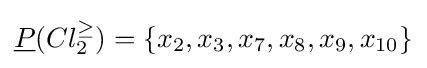
{\underline {P}}(Cl_{2}^{\geq })=\{x_{2},x_{3},x_{7},x_{8},x_{9},x_{10}\}